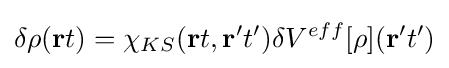
\delta \rho (\mathbf {r} t)=\chi _{KS}(\mathbf {r} t,\mathbf {r'} t')\delta V^{eff}[\rho ](\mathbf {r'} t')